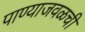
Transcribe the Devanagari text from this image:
पाण्याजवळची